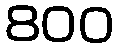
800